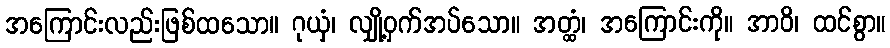
အကြောင်းလည်းဖြစ်ထသော။ ဂုယှံ၊ လျှို့ဝှက်အပ်သော။ အတ္ထံ၊ အကြောင်းကို။ အာဝိ၊ ထင်စွာ။